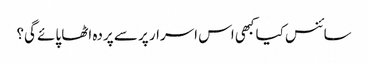
سائنس کیا کبھی اس اسرار پر سے پردہ اٹھا پائے گی؟